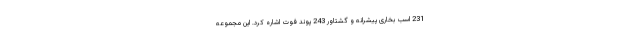
231 اسب بخاری پیشرانه و گشتاور 243 پوند فوت اشاره کرد. این مجموعه